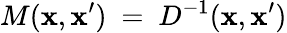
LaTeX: M(\mathbf{x},\mathbf{x}^{\prime})\ =\ D^{-1}(\mathbf{x},\mathbf{x}^{\prime})